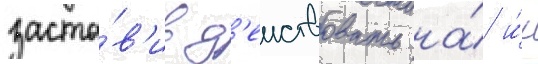
заста́в'ив д'еиствовать на́ и́х